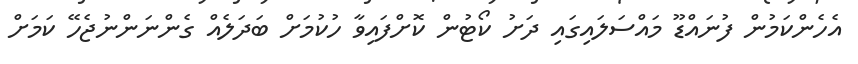
އެހެންކަމުން ފުނައްޑޫ މައްސަލައިގައި ދަށު ކޯޓުން ކޮށްފައިވާ ހުކުމަށް ބަދަލެއް ގެންނަންނުޖެހޭ ކަމަށް